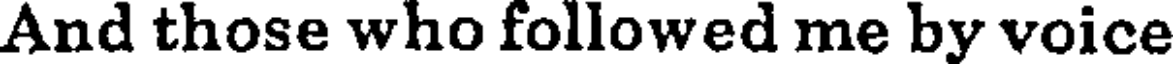
And those who followed me by voice